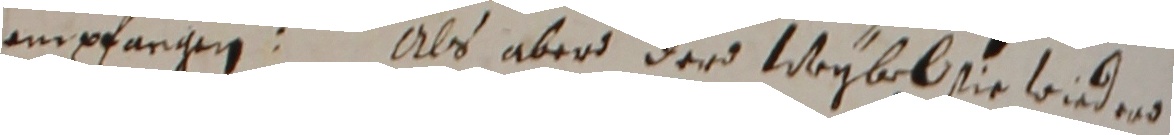
empfargen. Als aberd der weybel sie wieder